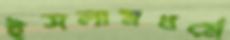
ইসলামধর্মে